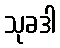
သုခဒါ